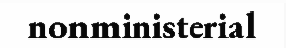
nonministerial